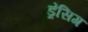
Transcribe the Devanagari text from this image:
ड्रेंसिग